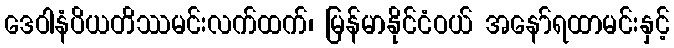
ဒေဝါနံပိယတိဿမင်းလက်ထက်၊ မြန်မာနိုင်ငံဝယ် အနော်ရထာမင်းနှင့်